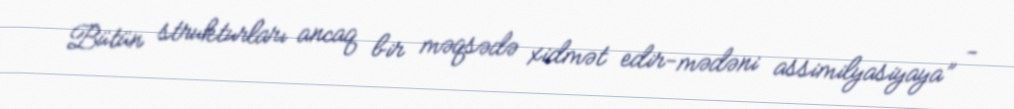
Bütün strukturları ancaq bir məqsədə xidmət edir-mədəni assimilyasiyaya” -